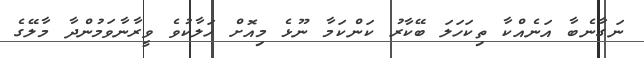
ނަގާނެބާ އަނެއްކާ ތިކަހަލަ ބޭކާރު ކަންކަމާ ނޫޅެ މިއޮށް ހަލާކުވެ ވީރާނާވަމުންދާ މާލޭގެ